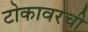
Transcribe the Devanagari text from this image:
टोकावरची